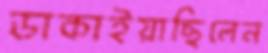
ডাকাইয়াছিলেন